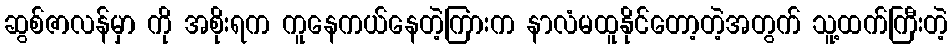
ဆွစ်ဇာလန်မှာ ကို အစိုးရက ကူနေကယ်နေတဲ့ကြားက နာလံမထူနိုင်တော့တဲ့အတွက် သူ့ထက်ကြီးတဲ့